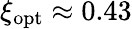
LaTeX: \xi_{\mathrm{opt}}\approx 0.43